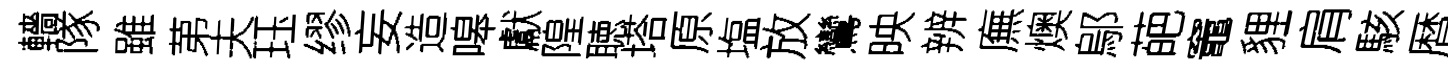
轖隊雖苐夫珏缪妄造嗥獻隍聴塔原塩放鸞映辨廡燠鄔葩竈貍肩駭暦